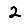
Digit: 2